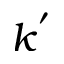
k ^ { ' }